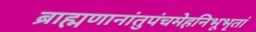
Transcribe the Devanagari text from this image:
ब्राह्मणानांतुपंचमेहनिभूभृतां